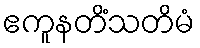
ဧကူနတိံသတိမံ